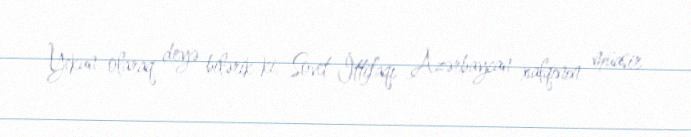
Yekun olaraq deyə bilərik ki, Sovet İttifaqı Azərbaycan xalqının müasir